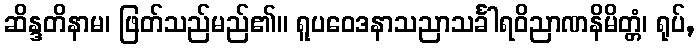
ဆိန္ဒတိနာမ၊ ဖြတ်သည်မည်၏။ ရူပဝေဒနာသညာသင်္ခါရဝိညာဏနိမိတ္တံ၊ ရုပ်,